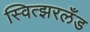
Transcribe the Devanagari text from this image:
स्वित्झरलँड